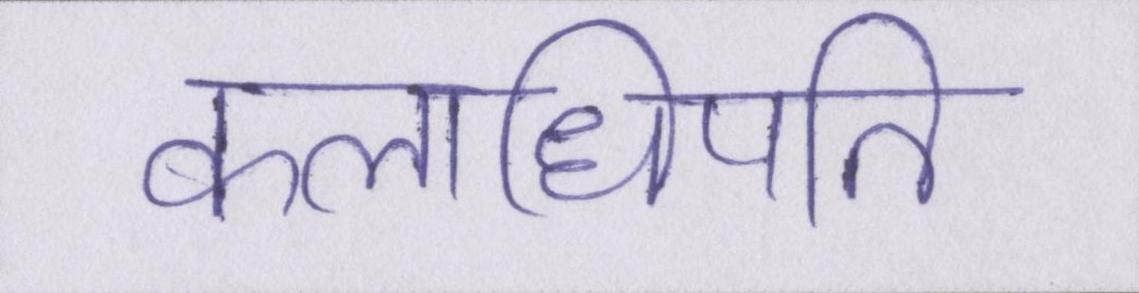
कलाधिपति